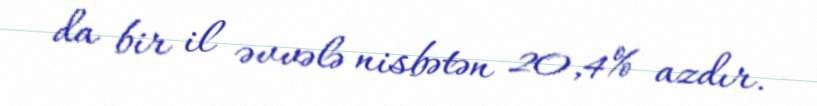
da bir il əvvələ nisbətən 20,4% azdır.